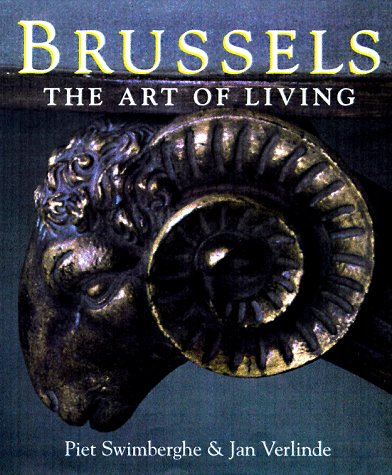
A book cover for Brussels: The Art of Living; Piet Swimberghe; Travel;